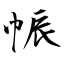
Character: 帪